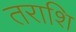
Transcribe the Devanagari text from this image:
तराशि